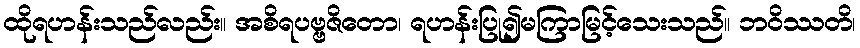
ထိုရဟန်းသည်လည်း။ အစိရပဗ္ဗဇိတော၊ ရဟန်းပြု၍မကြာမြင့်သေးသည်။ ဘဝိဿတိ၊